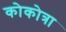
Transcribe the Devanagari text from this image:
कोकोत्रा